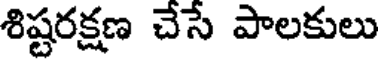
శిష్టరక్షణ చేసే పాలకులు